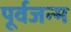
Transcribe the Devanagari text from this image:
पूर्वजन्‍म